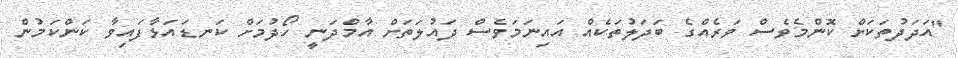
"އަދަދުތަކަށް ކޮންމެވެސް ވަރެއްގެ ބަދަލުތަކެއް އައިނަމަވެސް ދައުލަތަށް އާމްދަނީ ހޯދުމަށް ކަނޑައަޅާފައިވާ ކަންކަމުން